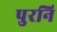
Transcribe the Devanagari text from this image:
पुरनि